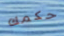
حكمك